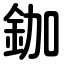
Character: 鉫